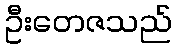
ဦးတေဇသည်